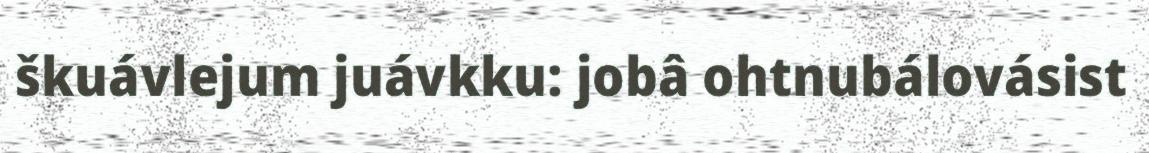
škuávlejum juávkku: jobâ ohtnubálovásist